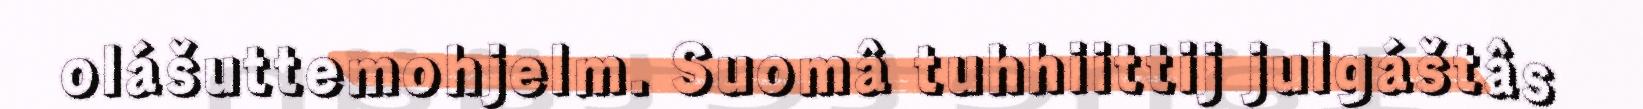
olášuttemohjelm. Suomâ tuhhiittij julgáštâs